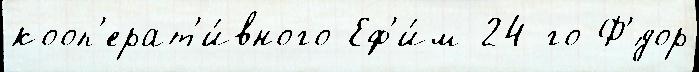
кооп'ерат'и́вного Еф'и́м 24-го Ф'́дор